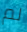
لم